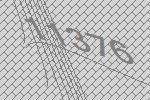
11376